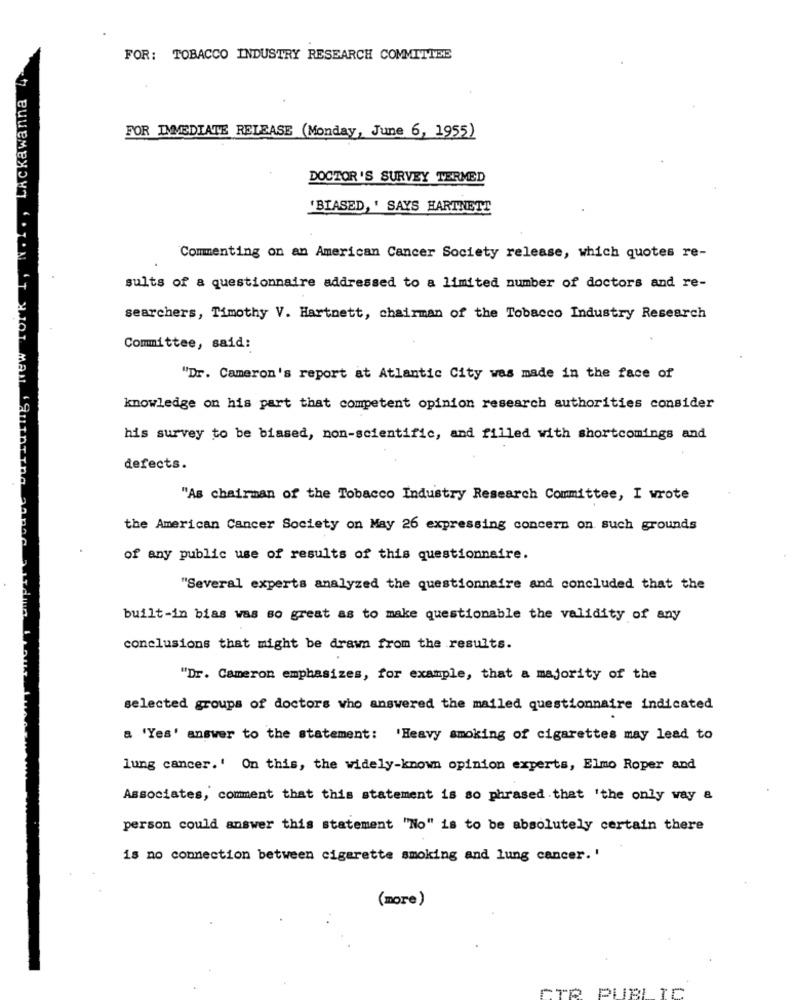
FOR: TOBACCO INDUSTRY RESEARCH COMMITTEE
LAckawanna
FOR IMMEDIATE RELEASE (Monday, June 6, 1955)
DOCTOR'S SURVEY TERMED
'BIASED, ' SAYS HARTNETT
Commenting on an American Cancer Society release, which quotes re-
sults of a questionnaire addressed to a limited number of doctors and re-
searchers, Timothy V. Hartnett, chairman of the Tobacco Industry Research
Committee, said:
"Dr. Cameron's report at Atlantic City was made in the face of
knowledge on his part that competent opinion research authorities consider
his survey to be biased, non-scientific, and filled with shortcomings and
defects.
"As chairman of the Tobacco Industry Research Committee, I wrote
the American Cancer Society on May 26 expressing concern on such grounds
OTOM 'T 3.101 Mail, Gurnerne 20mac
of any public use of results of this questionnaire.
"Several experts analyzed the questionnaire and concluded that the
built-in bias was so great as to make questionable the validity of any
conclusions that might be drawn from the results.
"Dr. Cameron emphasizes, for example, that a majority of the
selected groups of doctors who answered the mailed questionnaire indicated
a 'Yes' answer to the statement: 'Heavy smoking of cigarettes may lead to
lung cancer.' On this, the widely-known opinion experts, Elmo Roper and
Associates, comment that this statement is so phrased that 'the only way &
person could answer this statement "No" is to be absolutely certain there
is no connection between cigarette smoking and lung cancer. '
(more)
FTP PUBLIC